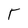
Character: T